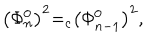
LaTeX: \left( \Phi _ { n } ^ { 0 } \right) ^ { 2 } { = } _ { c } \left( \Phi _ { n - 1 } ^ { 0 } \right) ^ { 2 } ,